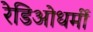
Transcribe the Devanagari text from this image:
रेडिओधर्मी